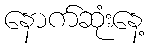
နောက်ဆုံးနေ့